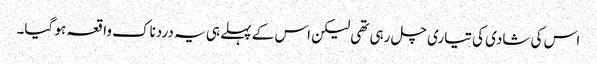
اس کی شادی کی تیاری چل رہی تھی لیکن اس کے پہلے ہی یہ دردناک واقعہ ہو گیا۔